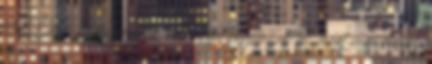
tételt Deus Misereatur outróként foghatjuk fel, mert nem rendes